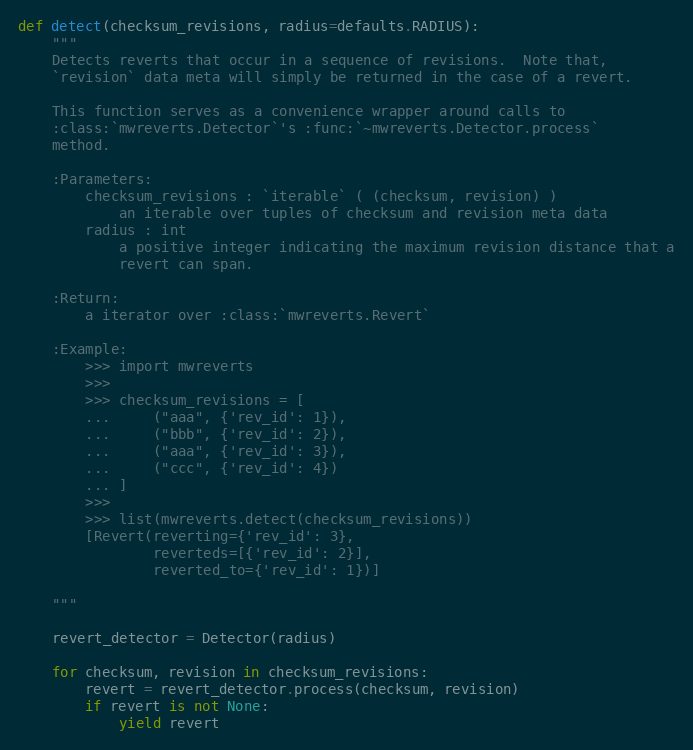
Language: Python
def detect(checksum_revisions, radius=defaults.RADIUS):
    """
    Detects reverts that occur in a sequence of revisions.  Note that,
    `revision` data meta will simply be returned in the case of a revert.

    This function serves as a convenience wrapper around calls to
    :class:`mwreverts.Detector`'s :func:`~mwreverts.Detector.process`
    method.

    :Parameters:
        checksum_revisions : `iterable` ( (checksum, revision) )
            an iterable over tuples of checksum and revision meta data
        radius : int
            a positive integer indicating the maximum revision distance that a
            revert can span.

    :Return:
        a iterator over :class:`mwreverts.Revert`

    :Example:
        >>> import mwreverts
        >>>
        >>> checksum_revisions = [
        ...     ("aaa", {'rev_id': 1}),
        ...     ("bbb", {'rev_id': 2}),
        ...     ("aaa", {'rev_id': 3}),
        ...     ("ccc", {'rev_id': 4})
        ... ]
        >>>
        >>> list(mwreverts.detect(checksum_revisions))
        [Revert(reverting={'rev_id': 3},
                reverteds=[{'rev_id': 2}],
                reverted_to={'rev_id': 1})]

    """

    revert_detector = Detector(radius)

    for checksum, revision in checksum_revisions:
        revert = revert_detector.process(checksum, revision)
        if revert is not None:
            yield revert